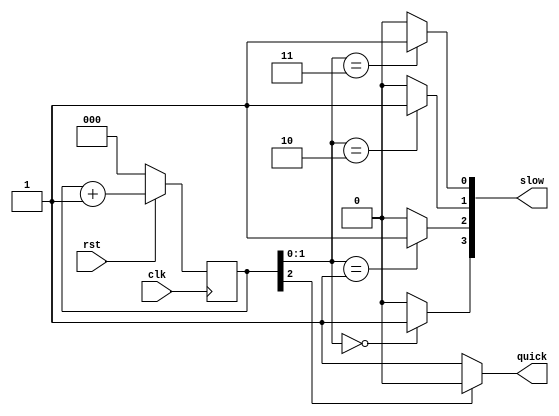
module composer(
    input clk,
    input rst,
    output wire [3:0] slow,
    output wire quick
);
    wire t1,t2,t3,t4,w1;
    reg[2:0] count_t;
    always@(posedge clk)
		begin
		  if(!rst)begin
			count_t <= 3'b000;
		  end
		  else 
		  count_t <= count_t + 1;
		end
    assign t1 = (count_t[1:0]==2'b00) ? 1'b1 : 1'b0;
    assign t2 = (count_t[1:0]==2'b01) ? 1'b1 : 1'b0;
    assign t3 = (count_t[1:0]==2'b10) ? 1'b1 : 1'b0;
    assign t4 = (count_t[1:0]==2'b11) ? 1'b1 : 1'b0;
    assign w1 = (count_t[2]==1'b0) ? 1'b1 : 1'b0;
    assign slow = {t1,t2,t3,t4};
    assign quick = w1;
    
endmodule